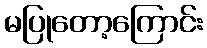
မပြုတော့ကြောင်း